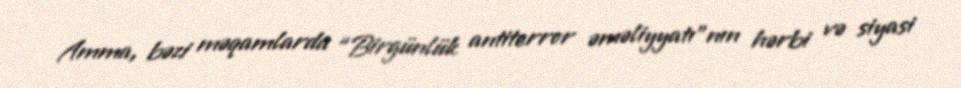
Amma, bəzi məqamlarda “Birgünlük antiterror əməliyyatı”nın hərbi və siyasi